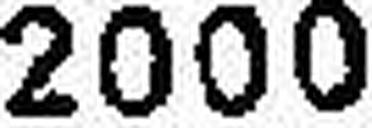
2000